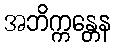
အဘိက္ကန္တေန